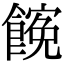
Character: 𩝜